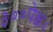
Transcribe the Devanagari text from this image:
३००पेक्ष४